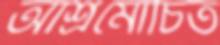
আশ্রমোচিত